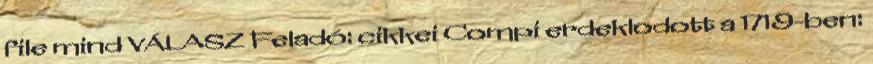
file mind VÁLASZ Feladó: cikkei Compi erdeklodott a 1719-ben: